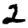
Digit: 2